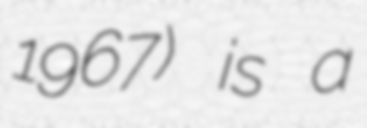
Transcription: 1967) is a